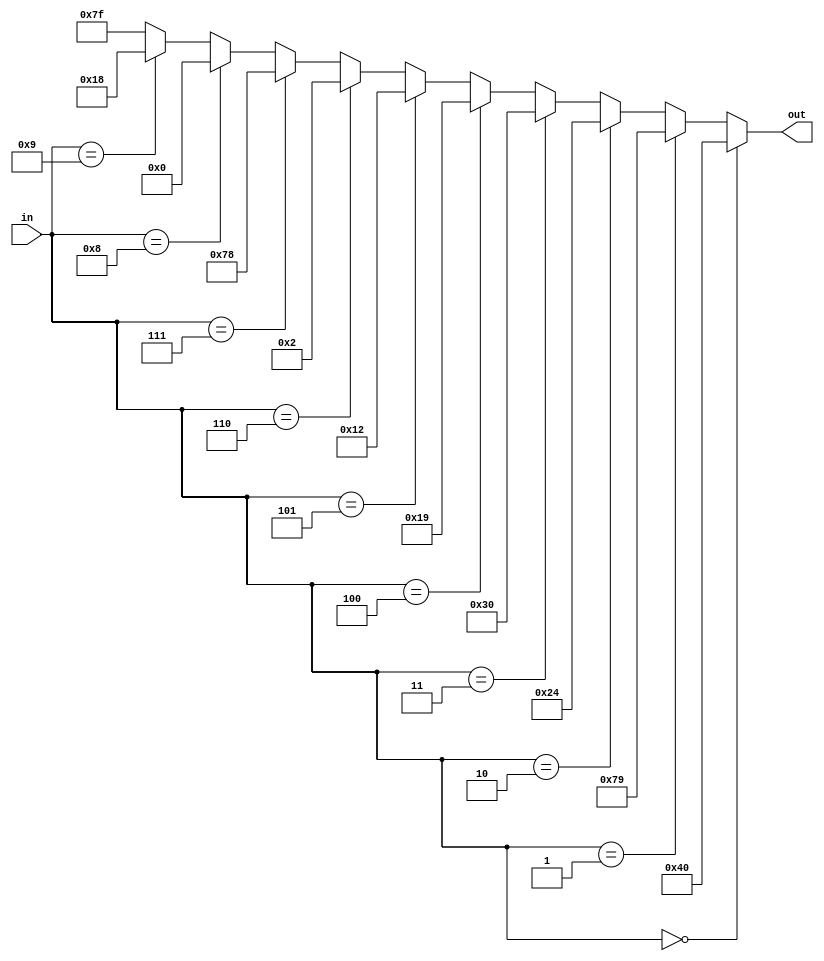
module BCD_7seg(
input [3:0] in,
output [6:0] out
);

assign out=
(in==4'b0000)?7'b1000000:
(in==4'b0001)?7'b1111001:
(in==4'b0010)?7'b0100100:
(in==4'b0011)?7'b0110000:
(in==4'b0100)?7'b0011001:
(in==4'b0101)?7'b0010010:
(in==4'b0110)?7'b0000010:
(in==4'b0111)?7'b1111000:
(in==4'b1000)?7'b0000000:
(in==4'b1001)?7'b0011000:7'b1111111;





endmodule